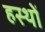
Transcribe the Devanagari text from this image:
हस्थों